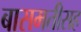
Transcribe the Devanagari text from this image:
बासमतीसह